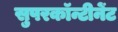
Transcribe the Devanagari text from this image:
सुपरकॉन्टीनेंट